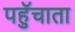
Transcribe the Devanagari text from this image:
पहुॅचाता